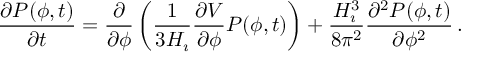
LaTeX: \frac { \partial P ( \phi , t ) } { \partial t } = \frac { \partial } { \partial \phi } \left( \frac { 1 } { 3 H _ { \i } } \frac { \partial V } { \partial \phi } P ( \phi , t ) \right) + \frac { H _ { \i } ^ { 3 } } { 8 \pi ^ { 2 } } \frac { \partial ^ { 2 } P ( \phi , t ) } { \partial \phi ^ { 2 } } \, .